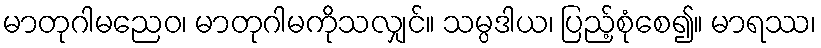
မာတုဂါမညေဝ၊ မာတုဂါမကိုသလျှင်။ သမ္ပဒါယ၊ ပြည့်စုံစေ၍။ မာရဿ၊